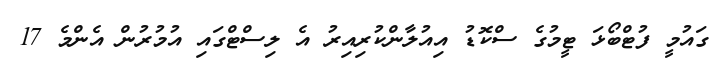
ގައުމީ ފުޓްބޯޅަ ޓީމުގެ ސްކޮޑު އިއުލާންކުރިއިރު އެ ލިސްޓްގައި އުމުރުން އެންމެ 17